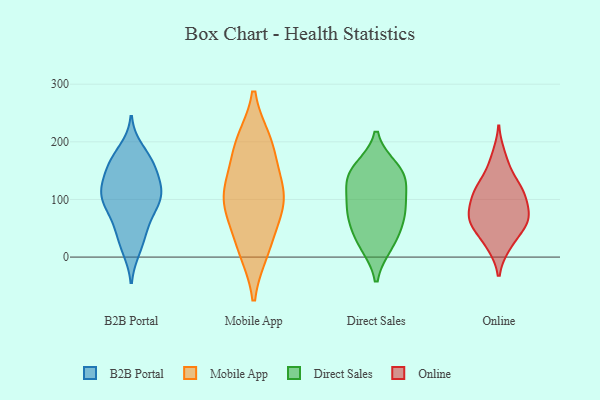
{"axis": {"x": "Bounce Rate (%)", "y": "Value"}, "legend": ["B2B Portal", "Direct Sales", "Mobile App", "Online"], "data": [{"x": "", "y": 119, "type": "B2B Portal"}, {"x": "", "y": 47, "type": "B2B Portal"}, {"x": "", "y": 159, "type": "B2B Portal"}, {"x": "", "y": 106, "type": "B2B Portal"}, {"x": "", "y": 106, "type": "B2B Portal"}, {"x": "", "y": 20, "type": "B2B Portal"}, {"x": "", "y": 119, "type": "B2B Portal"}, {"x": "", "y": 164, "type": "B2B Portal"}, {"x": "", "y": 14, "type": "B2B Portal"}, {"x": "", "y": 93, "type": "B2B Portal"}, {"x": "", "y": 54, "type": "B2B Portal"}, {"x": "", "y": 142, "type": "B2B Portal"}, {"x": "", "y": 93, "type": "B2B Portal"}, {"x": "", "y": 163, "type": "B2B Portal"}, {"x": "", "y": 101, "type": "B2B Portal"}, {"x": "", "y": 168, "type": "B2B Portal"}, {"x": "", "y": 186, "type": "B2B Portal"}, {"x": "", "y": 69, "type": "B2B Portal"}, {"x": "", "y": 121, "type": "B2B Portal"}, {"x": "", "y": 95, "type": "Mobile App"}, {"x": "", "y": 12, "type": "Mobile App"}, {"x": "", "y": 96, "type": "Mobile App"}, {"x": "", "y": 200, "type": "Mobile App"}, {"x": "", "y": 183, "type": "Mobile App"}, {"x": "", "y": 59, "type": "Mobile App"}, {"x": "", "y": 200, "type": "Mobile App"}, {"x": "", "y": 97, "type": "Mobile App"}, {"x": "", "y": 13, "type": "Mobile App"}, {"x": "", "y": 127, "type": "Mobile App"}, {"x": "", "y": 123, "type": "Mobile App"}, {"x": "", "y": 153, "type": "Direct Sales"}, {"x": "", "y": 139, "type": "Direct Sales"}, {"x": "", "y": 77, "type": "Direct Sales"}, {"x": "", "y": 59, "type": "Direct Sales"}, {"x": "", "y": 143, "type": "Direct Sales"}, {"x": "", "y": 93, "type": "Direct Sales"}, {"x": "", "y": 135, "type": "Direct Sales"}, {"x": "", "y": 22, "type": "Direct Sales"}, {"x": "", "y": 27, "type": "Direct Sales"}, {"x": "", "y": 85, "type": "Direct Sales"}, {"x": "", "y": 112, "type": "Online"}, {"x": "", "y": 62, "type": "Online"}, {"x": "", "y": 20, "type": "Online"}, {"x": "", "y": 58, "type": "Online"}, {"x": "", "y": 58, "type": "Online"}, {"x": "", "y": 152, "type": "Online"}, {"x": "", "y": 92, "type": "Online"}, {"x": "", "y": 110, "type": "Online"}, {"x": "", "y": 126, "type": "Online"}, {"x": "", "y": 177, "type": "Online"}, {"x": "", "y": 59, "type": "Online"}, {"x": "", "y": 97, "type": "Online"}, {"x": "", "y": 74, "type": "Online"}, {"x": "", "y": 19, "type": "Online"}, {"x": "", "y": 119, "type": "Online"}, {"x": "", "y": 63, "type": "Online"}]}